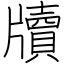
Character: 牘